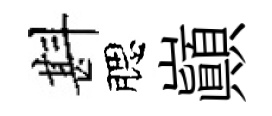
斟腮巔